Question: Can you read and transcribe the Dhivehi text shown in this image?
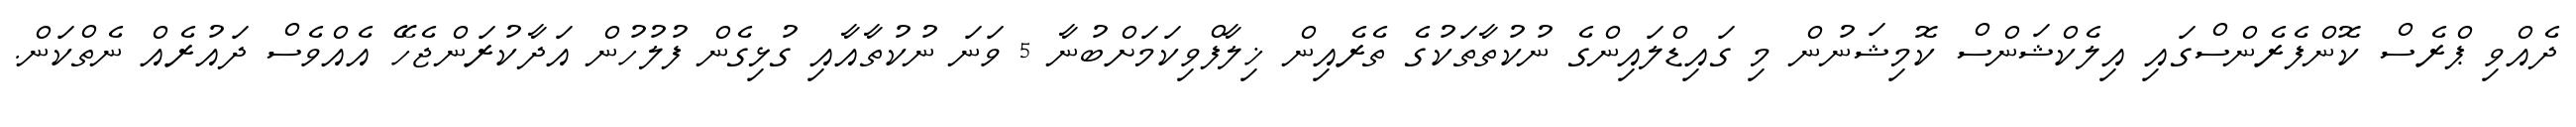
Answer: ދެއްވި ޕްރެސް ކޮންފެރެންސްގައި އިލެކްޝަންސް ކޮމިޝަނުން މި ގައިޑްލައިންގެ ނުކުތާތަކުގެ ތެރެއިން ޚިލާފްވިކަމަށްބުނާ 5 ވަނަ ނުކުތާއާއި ގުޅިގެން ފުލުހުން އަދާކުރަންޖެހޭ އެއްވެސް ދައުރެއް ނެތްކަން.